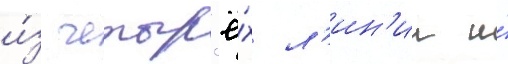
и́з четыр'ё́х л'ин'ии и́